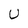
Character: U